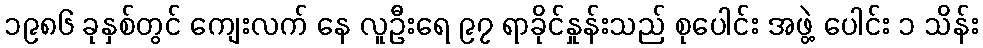
၁၉၈၆ ခုနှစ်တွင် ကျေးလက် နေ လူဦးရေ ၉၇ ရာခိုင်နှုန်းသည် စုပေါင်း အဖွဲ့ ပေါင်း ၁ သိန်း